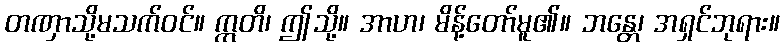
တဏှာသို့မသက်ဝင်။ ဣတိ၊ ဤသို့။ အာဟ၊ မိန့်တော်မူ၏။ ဘန္တေ၊ အရှင်ဘုရား။